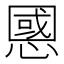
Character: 𢠝